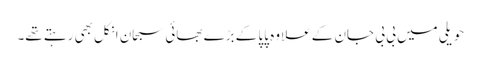
حویلی میں بی بی جان کے علاوہ پاپا کے بڑے بھائی سبحان انکل بھی رہتے تھے۔